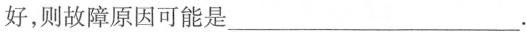
好，则故障原因可能是___ .